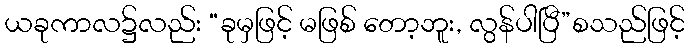
ယခုကာလ၌လည်း “ခုမှဖြင့် မဖြစ် တော့ဘူး, လွန်ပါပြီ”စသည်ဖြင့်